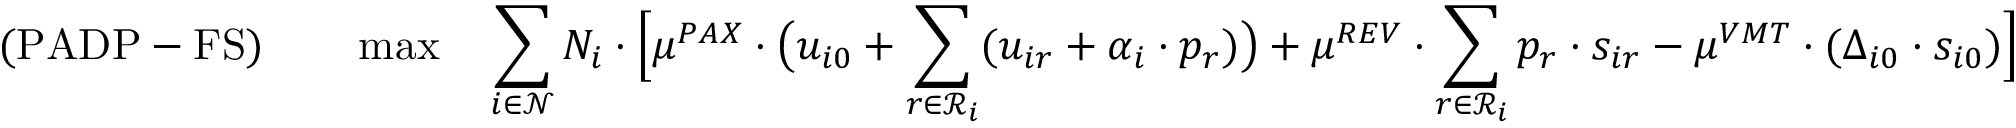
( \mathrm { P A D P - F S } ) \qquad \operatorname* { m a x } \quad \sum _ { i \in \mathcal { N } } N _ { i } \cdot \Big [ \mu ^ { P A X } \cdot \big ( u _ { i 0 } + \sum _ { r \in \mathcal { R } _ { i } } ( u _ { i r } + \alpha _ { i } \cdot p _ { r } ) \big ) + \mu ^ { R E V } \cdot \sum _ { r \in \mathcal { R } _ { i } } p _ { r } \cdot s _ { i r } - \mu ^ { V M T } \cdot ( \Delta _ { i 0 } \cdot s _ { i 0 } ) \Big ]